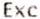
EXC